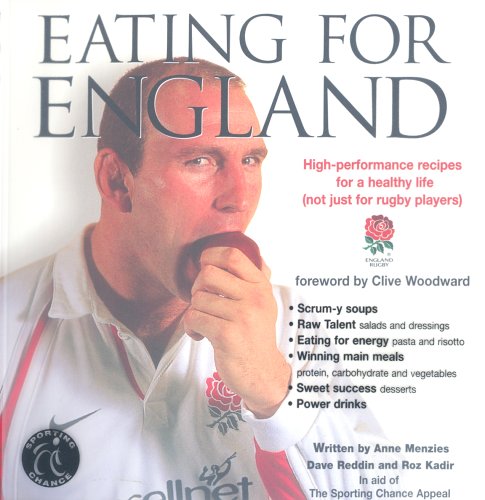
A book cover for Eating for England: High Performance Recipes for a Healthy Life (Not Just for Rugby Players); Anne Menzies; Sports & Outdoors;